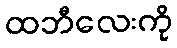
ထဘီလေးကို